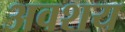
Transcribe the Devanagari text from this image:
अवशय